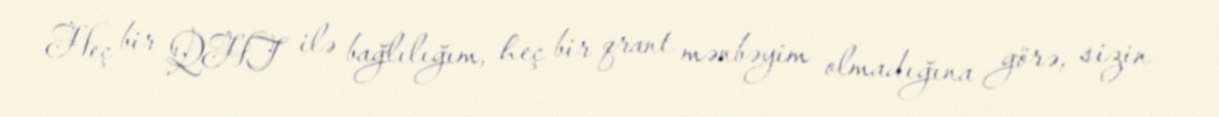
Heç bir QHT ilə bağlılığım, heç bir qrant mənbəyim olmadığına görə, sizin